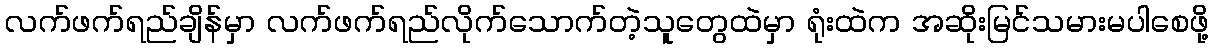
လက်ဖက်ရည်ချိန်မှာ လက်ဖက်ရည်လိုက်သောက်တဲ့သူတွေထဲမှာ ရုံးထဲက အဆိုးမြင်သမားမပါစေဖို့